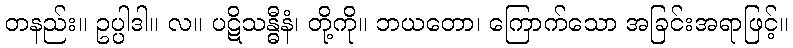
တနည်း။ ဥပ္ပါဒါ။ လ။ ပဋိသန္ဓီနံ၊ တို့ကို။ ဘယတော၊ ကြောက်သော အခြင်းအရာဖြင့်။